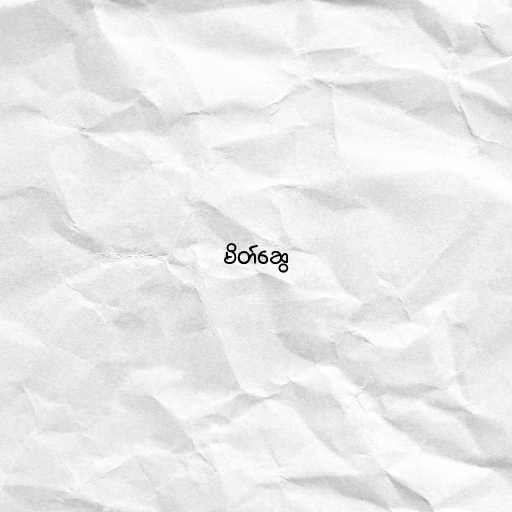
မိတ်ဆွေ